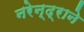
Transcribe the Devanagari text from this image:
नरेन्द्राने